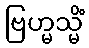
ဗြဟ္မသ္မိံ